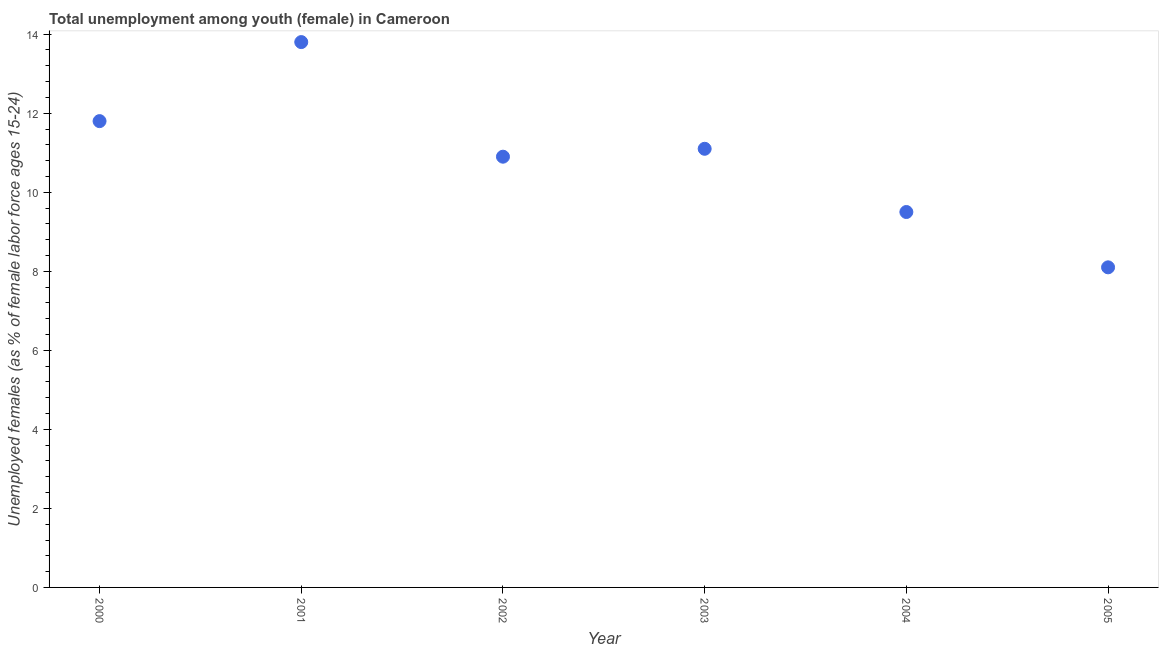
| Year | Unemployment |
 | --- | --- |
 | 2000 | 11.8 |
 | 2001 | 13.8 |
 | 2002 | 10.9 |
 | 2003 | 11.1 |
 | 2004 | 9.5 |
 | 2005 | 8.1 |